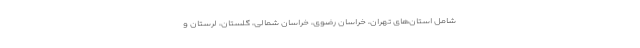
شامل استان‌های تهران، خراسان رضوی، خراسان شمالی، گلستان، لرستان و